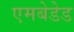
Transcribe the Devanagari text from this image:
एमबेडेड